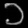
Digit: ၁